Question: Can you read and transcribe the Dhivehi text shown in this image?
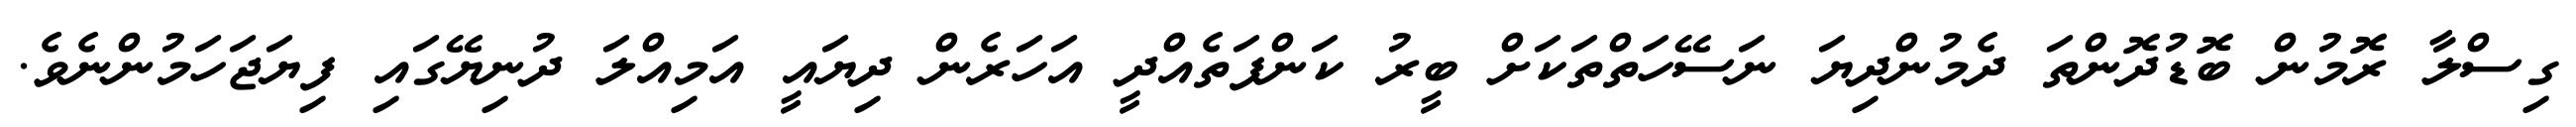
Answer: ގިސްލާ ރޮމުން ބޮޑުދޮންތަ ދެމުންދިޔަ ނަސޭހަތްތަކަށް ބީރު ކަންފަތެއްދީ އަހަރެން ދިޔައީ އަމިއްލަ ދުނިޔޭގައި ފިޔަޖަހަމުންނެވެ.